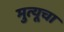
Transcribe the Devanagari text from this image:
मुत्यूचा